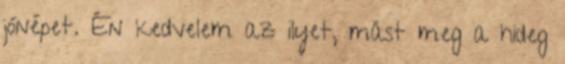
jónépet. Én kedvelem az ilyet, mást meg a hideg